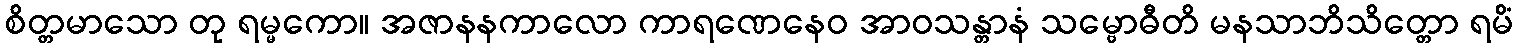
စိတ္တမာသော တု ရမ္မကော။ အဇာနနကာလော ကာရဏေနေဝ အာဝသန္တာနံ သမ္ဗောဓီတိ မနသာဘိသိတ္တော ရမိံ